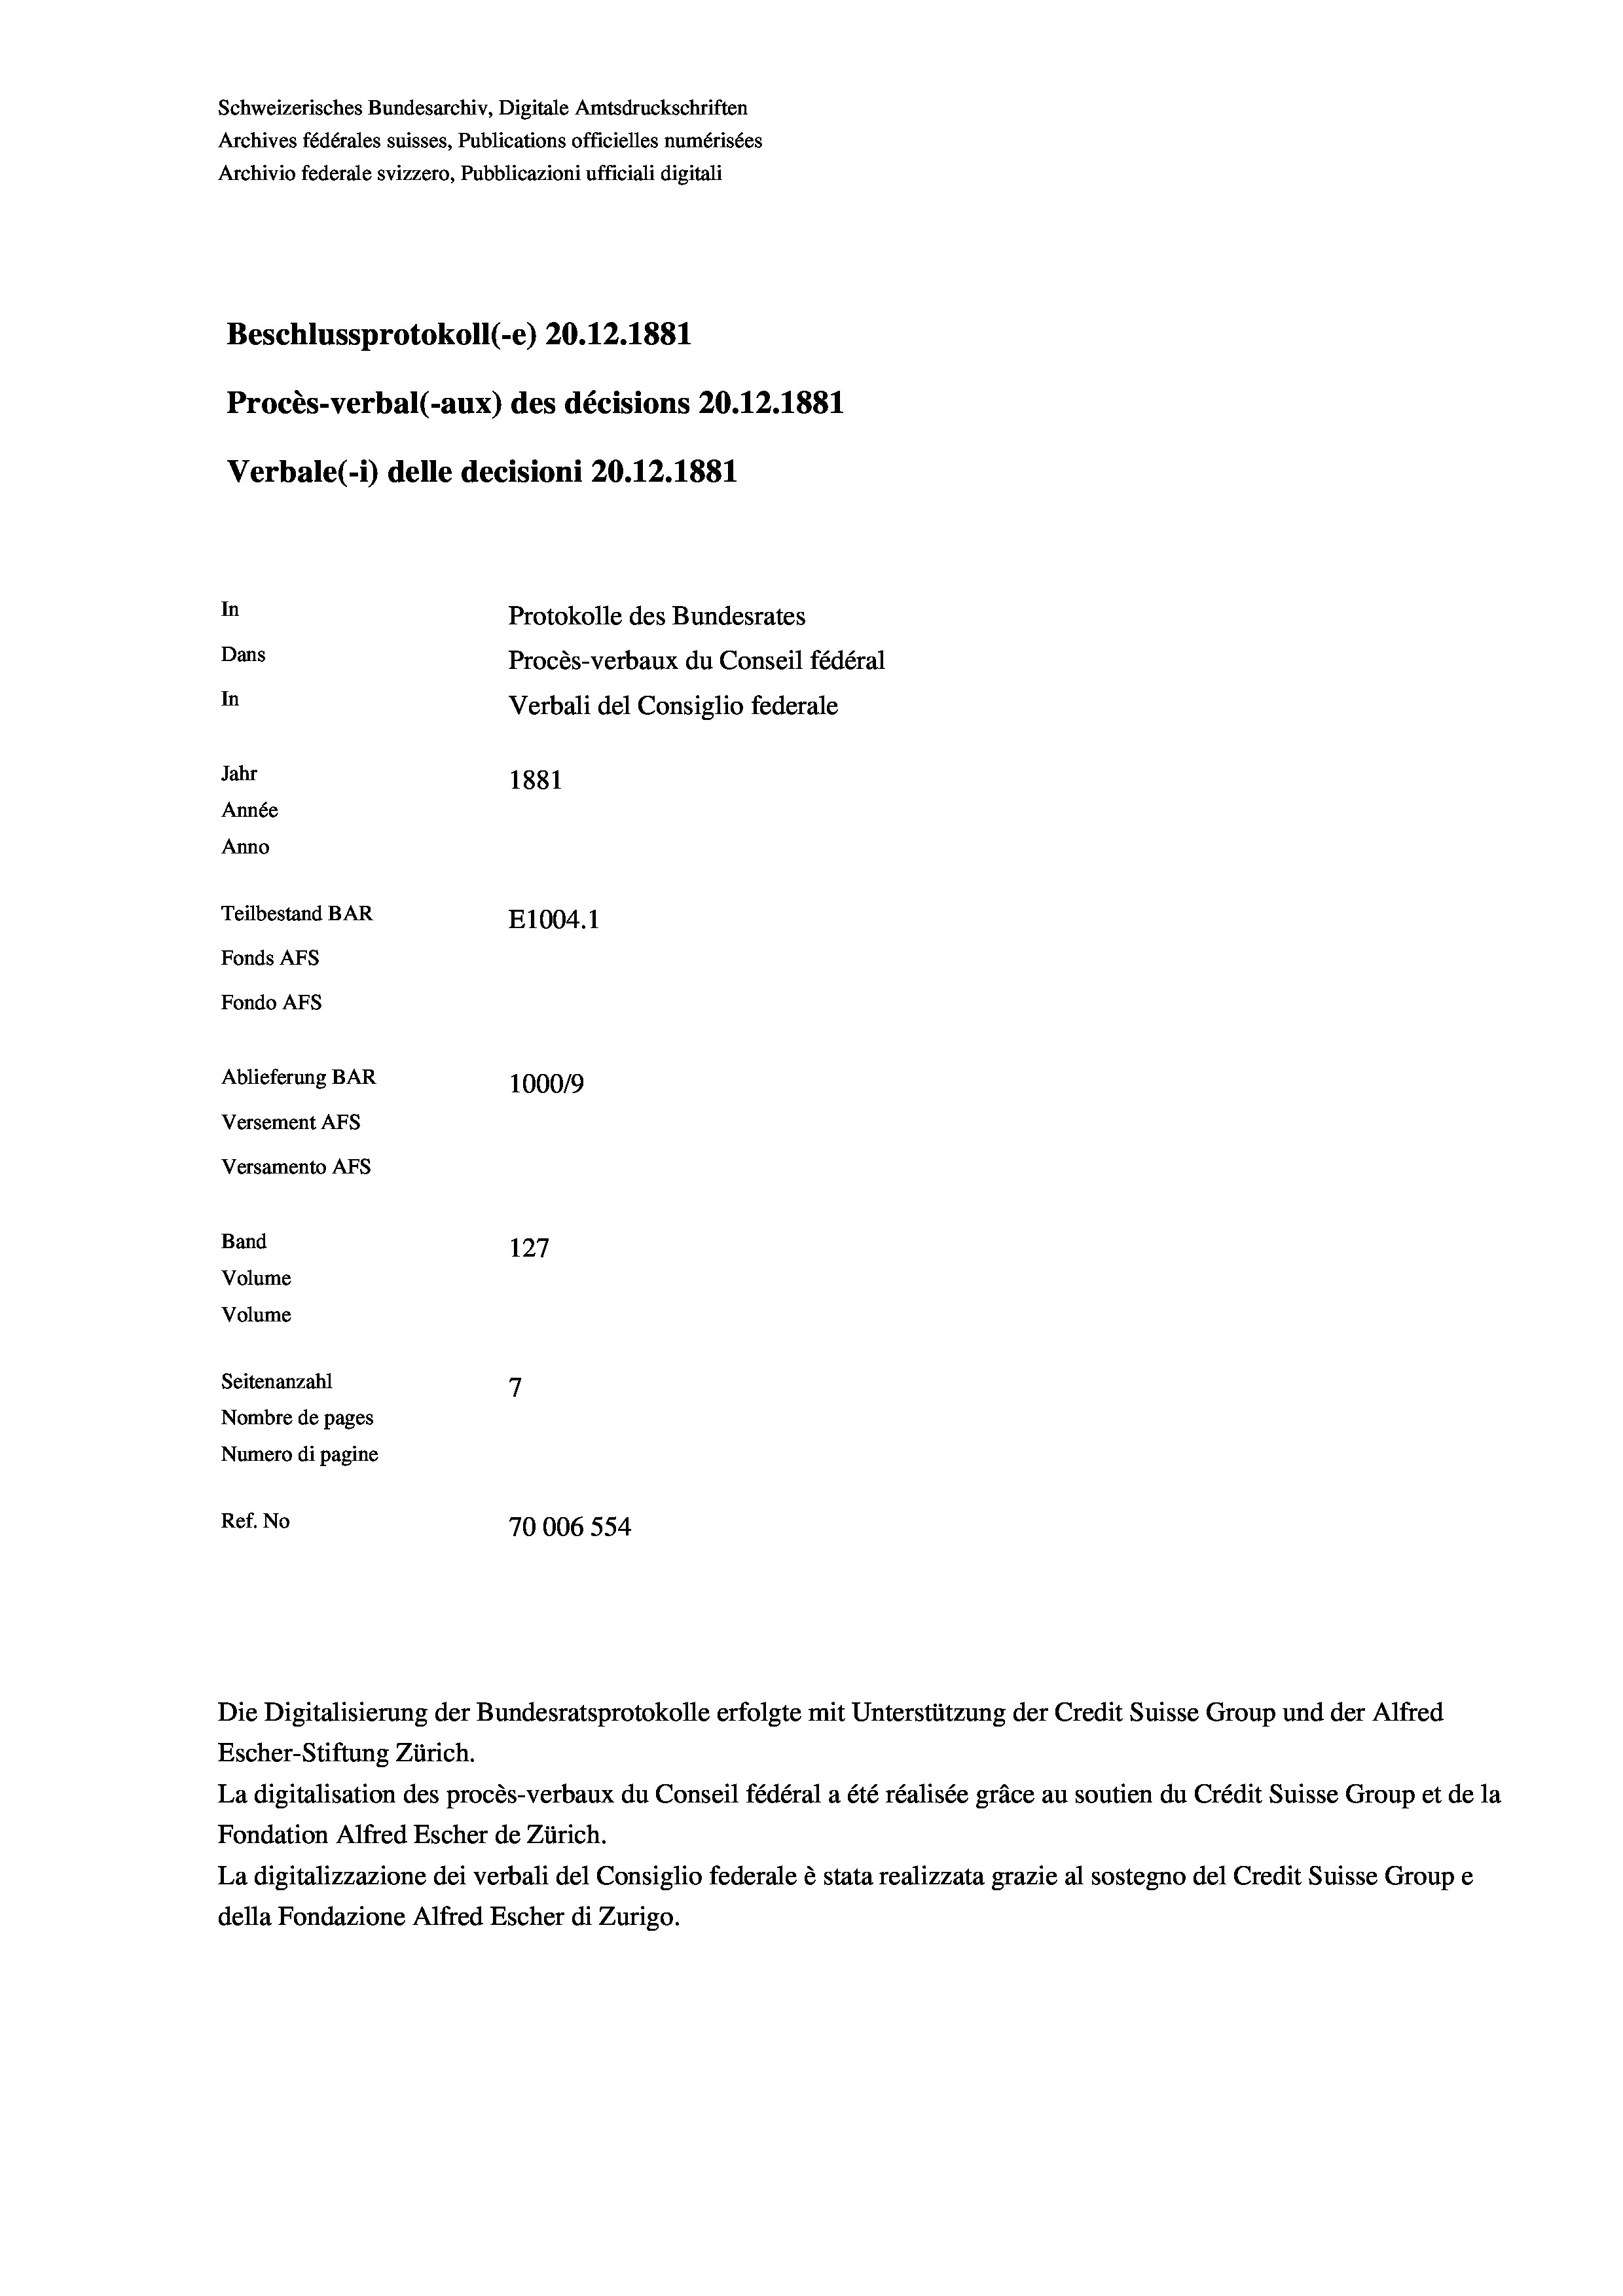
Schweizerisches Bundesarchiv, Digitale Amtsdruckschriften
Archives fédérales suisses, Publications officielles numérisées
Archivio federale svizzero, Pubblicazioni ufficiali digitali
Beschlussprotokoll (-e) 20.12.1881
Procès-verbal (-aux) des décisions 20.12.1881
Verbale(1) delle decisioni 20.12.1881
In
Protokolle des Bundesrates
Dans
In
Jahr
1881
Année
Anno
Teilbestand BAR
E1004.1
Fonds AFs
Fondo AFs
Ablieferung BAR
1000/9
Versement Abs
Versamento Afs
Band
127
Volume
Volume
7
Seitenanzahl
Nombre de pages
Numero di pagine
Ref. No
70006 554

Procès-verbaux du Conseil fédéral
Verbali del Consiglio federale

Die Digitalisierung der Bundesratsprotokolle erfolgte mit Unterstützung der Credit Suisse Group und der Alfred
Escher-Stiftung Zürich.
La digitalisation des procès-verbaux du Conseil fédéral a été réalisée gräce au soutien du Crédit Suisse Group et de la
Fondation Alfred Escher de Zürich.
La digitalizzazione dei verbali del Consiglio federale è stata realizzata grazie al sostegno del Credit Suisse Groupe
della Fondazione Alfred Escher di Zurigo.